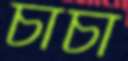
চাঁচা